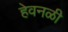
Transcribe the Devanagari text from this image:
हेवनळी